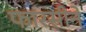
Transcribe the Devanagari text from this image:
फारसीने